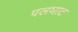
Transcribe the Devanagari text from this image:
पलघाट